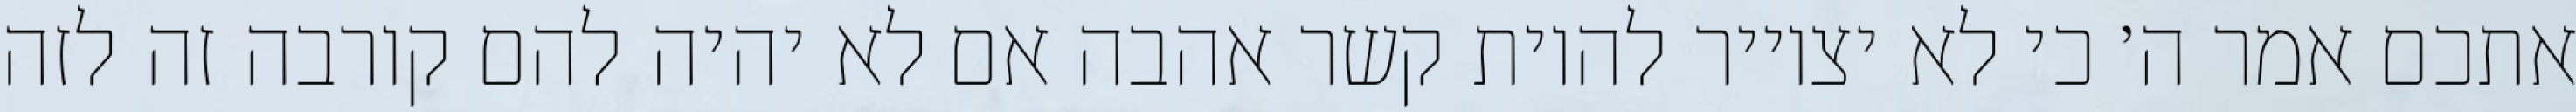
אתכם אמר ה׳ כי לא יצוייר להיות קשר אהבה אם לא יהיה להם קורבה זה לזה